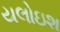
યલોઇશ